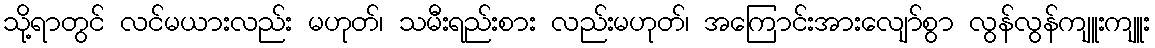
သို့ရာတွင် လင်မယားလည်း မဟုတ်၊ သမီးရည်းစား လည်းမဟုတ်၊ အကြောင်းအားလျော်စွာ လွန်လွန်ကျူးကျူး